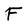
Character: F